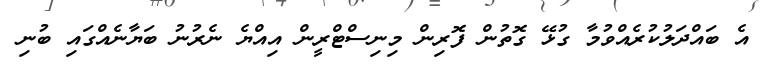
އެ ބައްދަލުކުރެއްވުމާ ގުޅޭ ގޮތުން ފޮރިން މިނިސްޓްރީން އިއްޔެ ނެރުނު ބަޔާނެއްގައި ބުނި